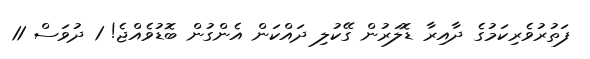
ފަތުރުވެރިކަމުގެ ދާއިރާ ޑޮލަރުން ގޭކުލި ދައްކަން އެންގުން ބޮޑުވެއްޖެ! 1 ދުވަސް 11